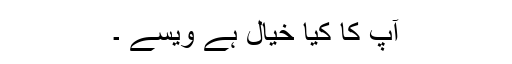
آپ کا کیا خیال ہے ویسے ۔